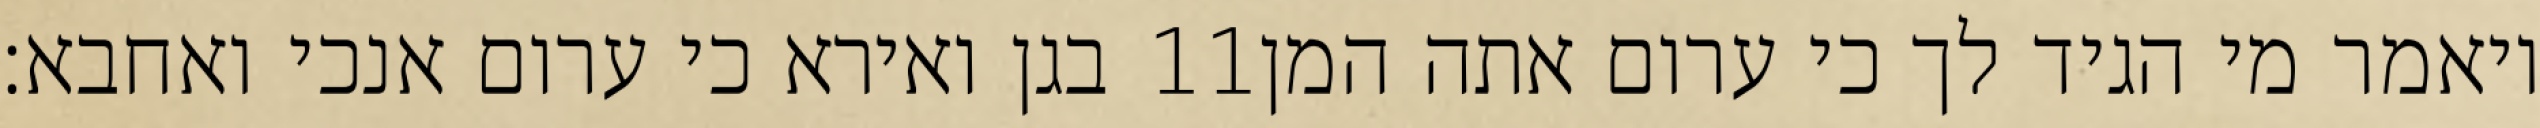
בגן ואירא כי ערום אנכי ואחבא׃ ‎11‏ ויאמר מי הגיד לך כי ערום אתה המן